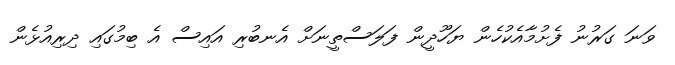
ވަނަ ގަރުނު ފެށުމާއެކުހެން ޔަހޫދީން ފަލަސްތީނަށް އެނބުރި އައިސް އެ ބިމުގައި ދިރިއުޅެން